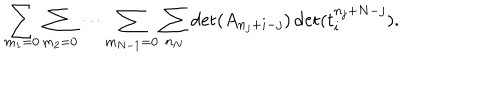
\sum _ { m _ { 1 } = 0 } \sum _ { m _ { 2 } = 0 } \cdots \sum _ { m _ { N - 1 } = 0 } \sum _ { n _ { N } } \det ( A _ { n _ { j } + i - j } ) \det ( t _ { i } ^ { n _ { j } + N - j } ) .